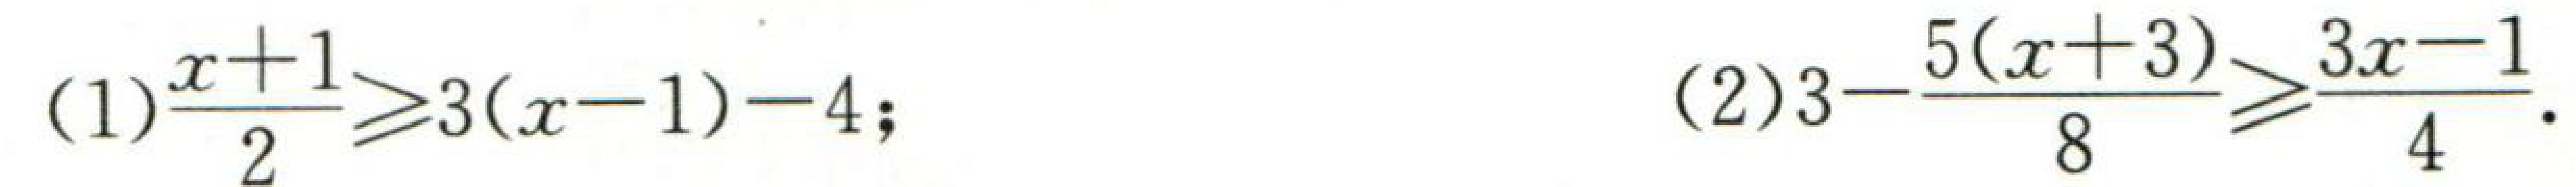
(1)$\frac{x + 1}{2} \geq 3(x - 1)-4$; (2)$3-\frac{5(x + 3)}{8} \geq \frac{3x - 1}{4}$